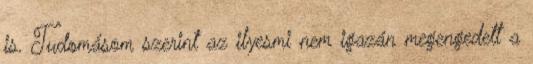
is. Tudomásom szerint az ilyesmi nem igazán megengedett a